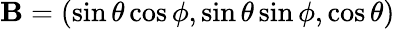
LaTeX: \mathbf{B}=(\sin\theta\cos\phi,\sin\theta\sin\phi,\cos\theta)